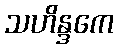
သဟိန္ဒကေ